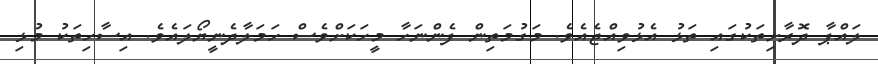
ލައްޕާ ދޮރާށިތަކުގައި ތަޅު އެޅުވިއްޖެއެވެ. މަގުމަތިން ފެންނަހާ މީހަކަށްވެސް ހަމަލާދެނީޔޯލައެވެ. އިސާހިތަކު މުޅި